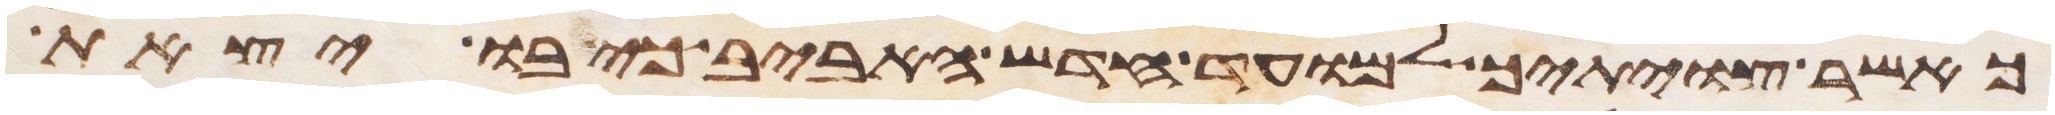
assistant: כאשר צויתיך למועד חדש האביב כי בו יצאת